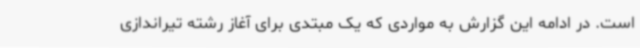
است. در ادامه این گزارش به مواردی که یک مبتدی برای آغاز رشته تیراندازی